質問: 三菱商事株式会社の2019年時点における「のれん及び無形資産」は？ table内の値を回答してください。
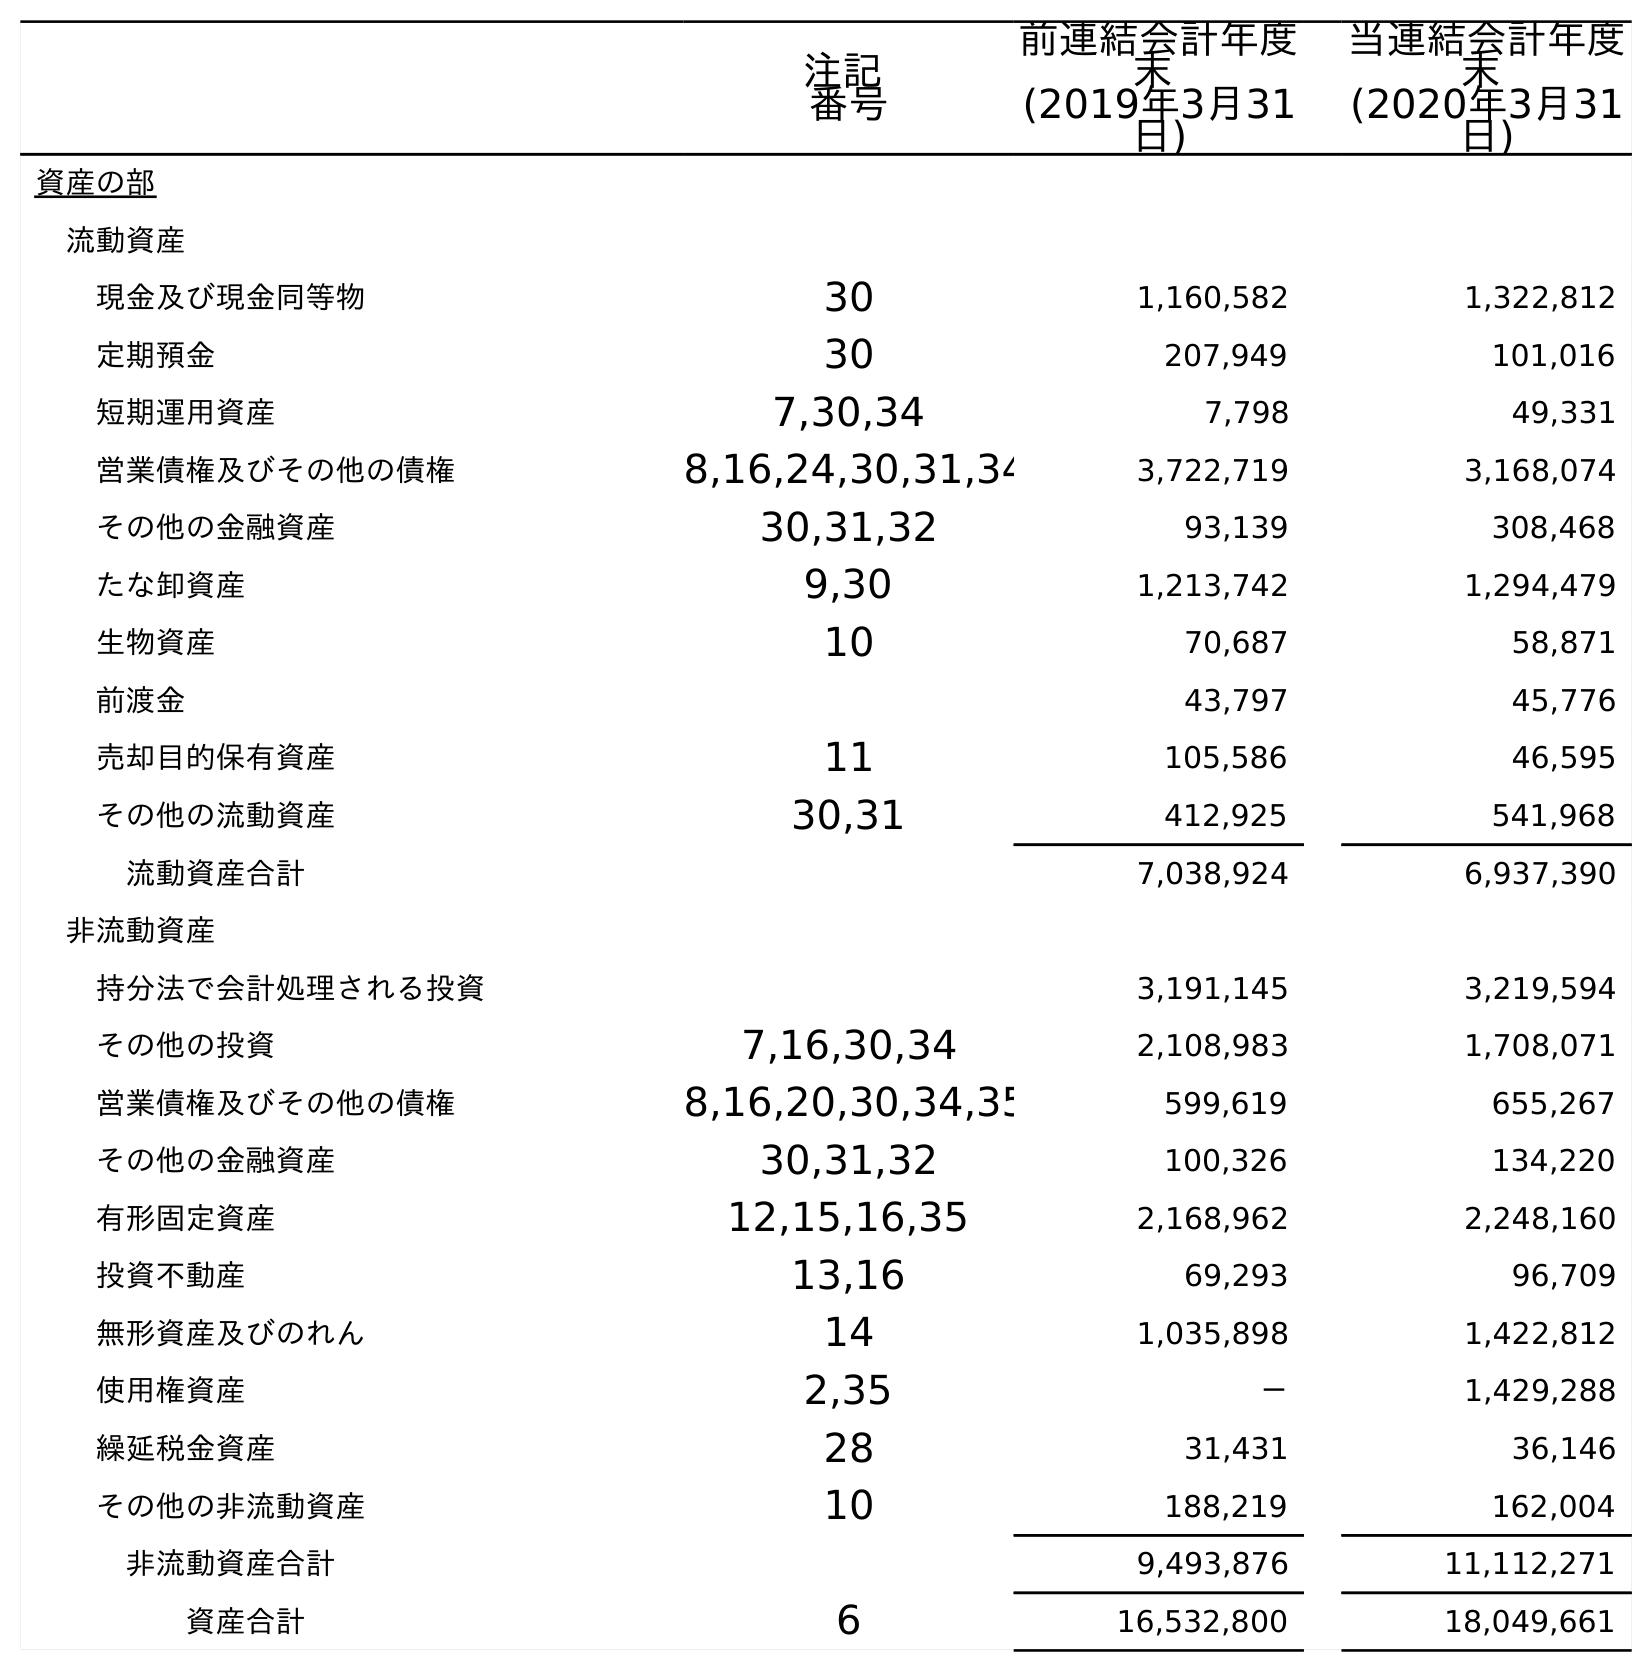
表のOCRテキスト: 注記 番号 前連結会計年度 末 (2019年3月31 日) 当連結会計年度 末 (2020年3月31 日) 資産の部 流動資産 現金及び現金同等物 30 1,160,582 1,322,812 定期預金 30 207,949 101,016 短期運用資産 7,30,34 7,798 49,331 営業債権及びその他の債権 8,16,24,30,31,34 3,722,719 3,168,074 その他の金融資産 30,31,32 93,139 308,468 たな卸資産 9,30 1,213,742 1,294,479 生物資産 10 70,687 58,871 前渡金 43,797 45,776 売却目的保有資産 11 105,586 46,595 その他の流動資産 30,31 412,925 541,968 流動資産合計 7,038,924 6,937,390 非流動資産 持分法で会計処理される投資 3,191,145 3,219,594 その他の投資 7,16,30,34 2,108,983 1,708,071 営業債権及びその他の債権 8,16,20,30,34,35 599,619 655,267 その他の金融資産 30,31,32 100,326 134,220 有形固定資産 12,15,16,35 2,168,962 2,248,160 投資不動産 13,16 69,293 96,709 無形資産及びのれん 14 1,035,898 1,422,812 使用権資産 2,35 － 1,429,288 繰延税金資産 28 31,431 36,146 その他の非流動資産 10 188,219 162,004 非流動資産合計 9,493,876 11,112,271 資産合計 6 16,532,800 18,049,661
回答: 1,035,898